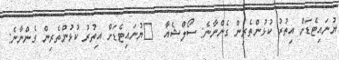
ޔުނައިޓެޑަށް އިތުރު ކުޅުންތެރިން ގެންނާނެ: ސޯލްޝެއާ  	ޔުނައިޓެޑަށް އިތުރު ކުޅުންތެރިން ގެންނާނެ: